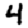
Digit: 4